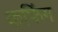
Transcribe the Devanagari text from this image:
कफिंग